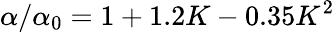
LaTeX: {\alpha}/{\alpha_{0}}=1+1.2K-0.35K^{2}